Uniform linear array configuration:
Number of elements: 16
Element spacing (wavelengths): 0.25
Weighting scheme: binomial
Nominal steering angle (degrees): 45
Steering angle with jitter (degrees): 44.346
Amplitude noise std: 0.05
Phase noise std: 0.05

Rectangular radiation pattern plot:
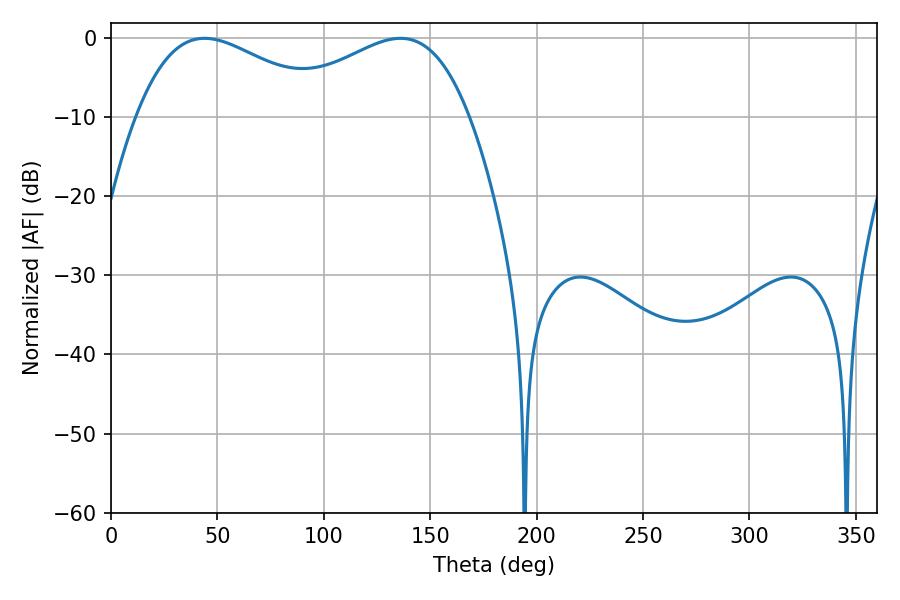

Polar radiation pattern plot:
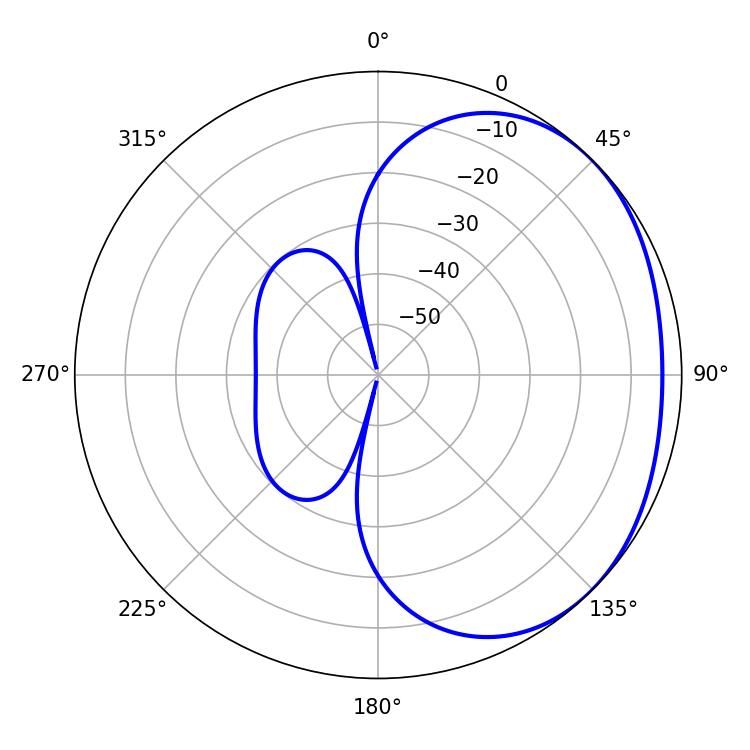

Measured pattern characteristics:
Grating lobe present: FALSE
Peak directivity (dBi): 1.931
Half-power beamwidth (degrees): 49.86
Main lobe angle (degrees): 43.92